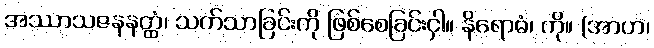
အဿာသဇနနတ္ထံ၊ သက်သာခြင်းကို ဖြစ်စေခြင်းငှါ။ နိရောဓံ၊ ကို။ (အာဟ၊